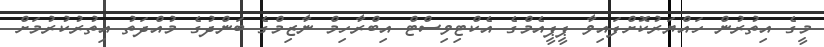
މީގެ އިތުރުން ހައްޔަރުކޮށްފައިވާ ޕީޕީއެމްގެ އެކްޓިވިސްޓް އިބްރާހިމް ނާޒިމްގެ ބަންދުގެ މުއްދަތު އިތުރުކުރުމަށް